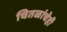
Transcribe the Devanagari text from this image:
चितळांचेही